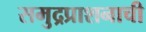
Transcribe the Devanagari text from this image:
समुद्रप्राशनाची